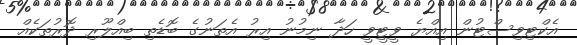
އެކްޓިވިސްޓުން އިއްޔެ ވީޓީވީ ހަދާ ނިމުނު އިރު އެތަނުގެ ބޮޑެތި ބިއްލޫރި ދޮރުތަކެއް